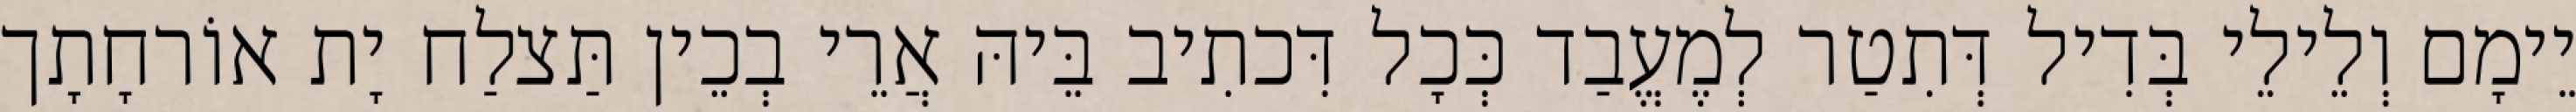
יֵימָם וְלֵילֵי בְּדִיל דְּתִטַר לְמֶעֱבַד כְּכָל דִּכתִיב בֵּיהּ אֲרֵי בְכֵין תַּצלַח יָת אוֹרחָתָך